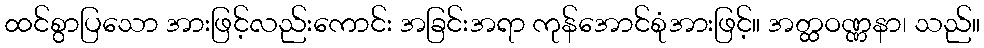
ထင်စွာပြသော အားဖြင့်လည်းကောင်း အခြင်းအရာ ကုန်အောင်စုံအားဖြင့်။ အတ္ထဝဏ္ဏနာ၊ သည်။